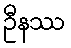
ဦနဿ